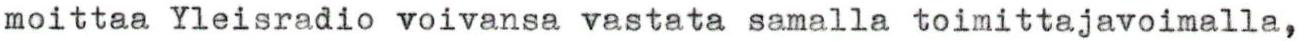
moittaa Yleisradio voivansa vastata samalla toimittajavoimalla,